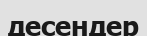
десендер